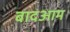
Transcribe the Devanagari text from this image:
बादआम